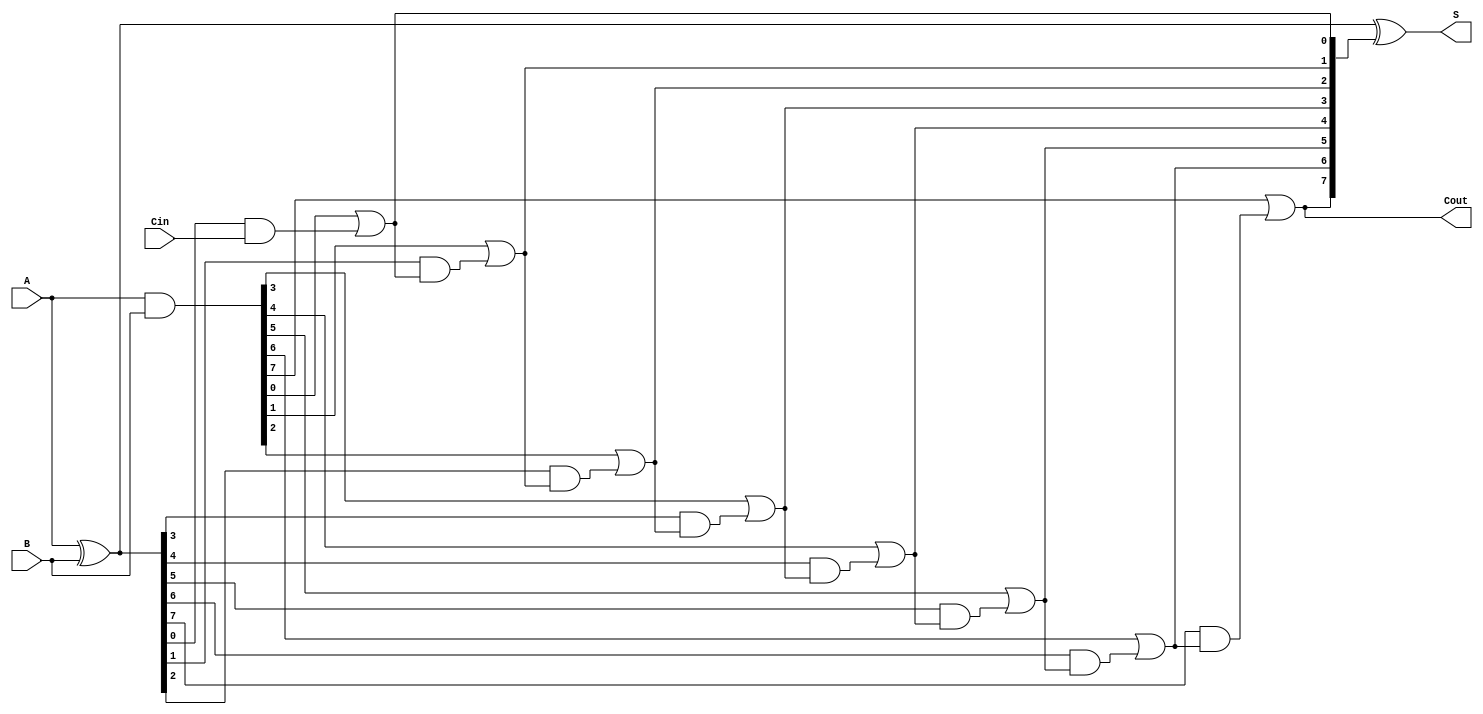
module ParallelPrefixAdder #(parameter N = 8) (
    input  [N-1:0] A,        // First operand
    input  [N-1:0] B,        // Second operand
    input         Cin,        // Carry-in
    output [N-1:0] S,        // Sum output
    output        Cout        // Carry-out
);

    // Generate and Propagate signals
    wire [N-1:0] G; // Generate
    wire [N-1:0] P; // Propagate
    wire [N:0] C;    // Carry

    assign G = A & B;       // Generate signals
    assign P = A ^ B;       // Propagate signals
    assign C[0] = Cin;      // Initial carry-in

    // Kogge-Stone Prefix Network
    genvar i, j;
    
    // Level 1
    for (i = 0; i < N; i = i + 1) begin
        assign C[i + 1] = G[i] | (P[i] & C[i]);
    end

    // Sum Calculation
    assign S = P ^ C[N:1]; // Sum bits

    // Final Carry-Out
    assign Cout = C[N];

endmodule